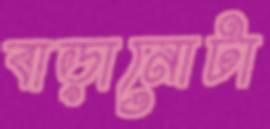
বাড়ানোটা